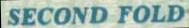
SECOND FOLD